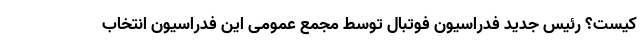
کیست؟ رئیس جدید فدراسیون فوتبال توسط مجمع عمومی این فدراسیون انتخاب